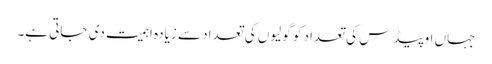
جہاں اوپیڈس کی تعداد کو گولیوں کی تعداد سے زیادہ اہمیت دی جاتی ہے۔